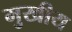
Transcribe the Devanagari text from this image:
मुखीय